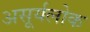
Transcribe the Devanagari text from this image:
असूर्यलोक